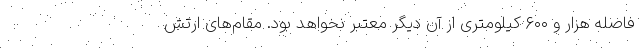
فاصله هزار و ۶۰۰ کیلومتری از آن دیگر معتبر نخواهد بود. مقام‌های ارتش